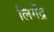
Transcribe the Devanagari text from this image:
लिगेंद्र